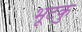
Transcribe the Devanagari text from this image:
भूटकु